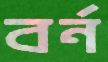
বর্ন